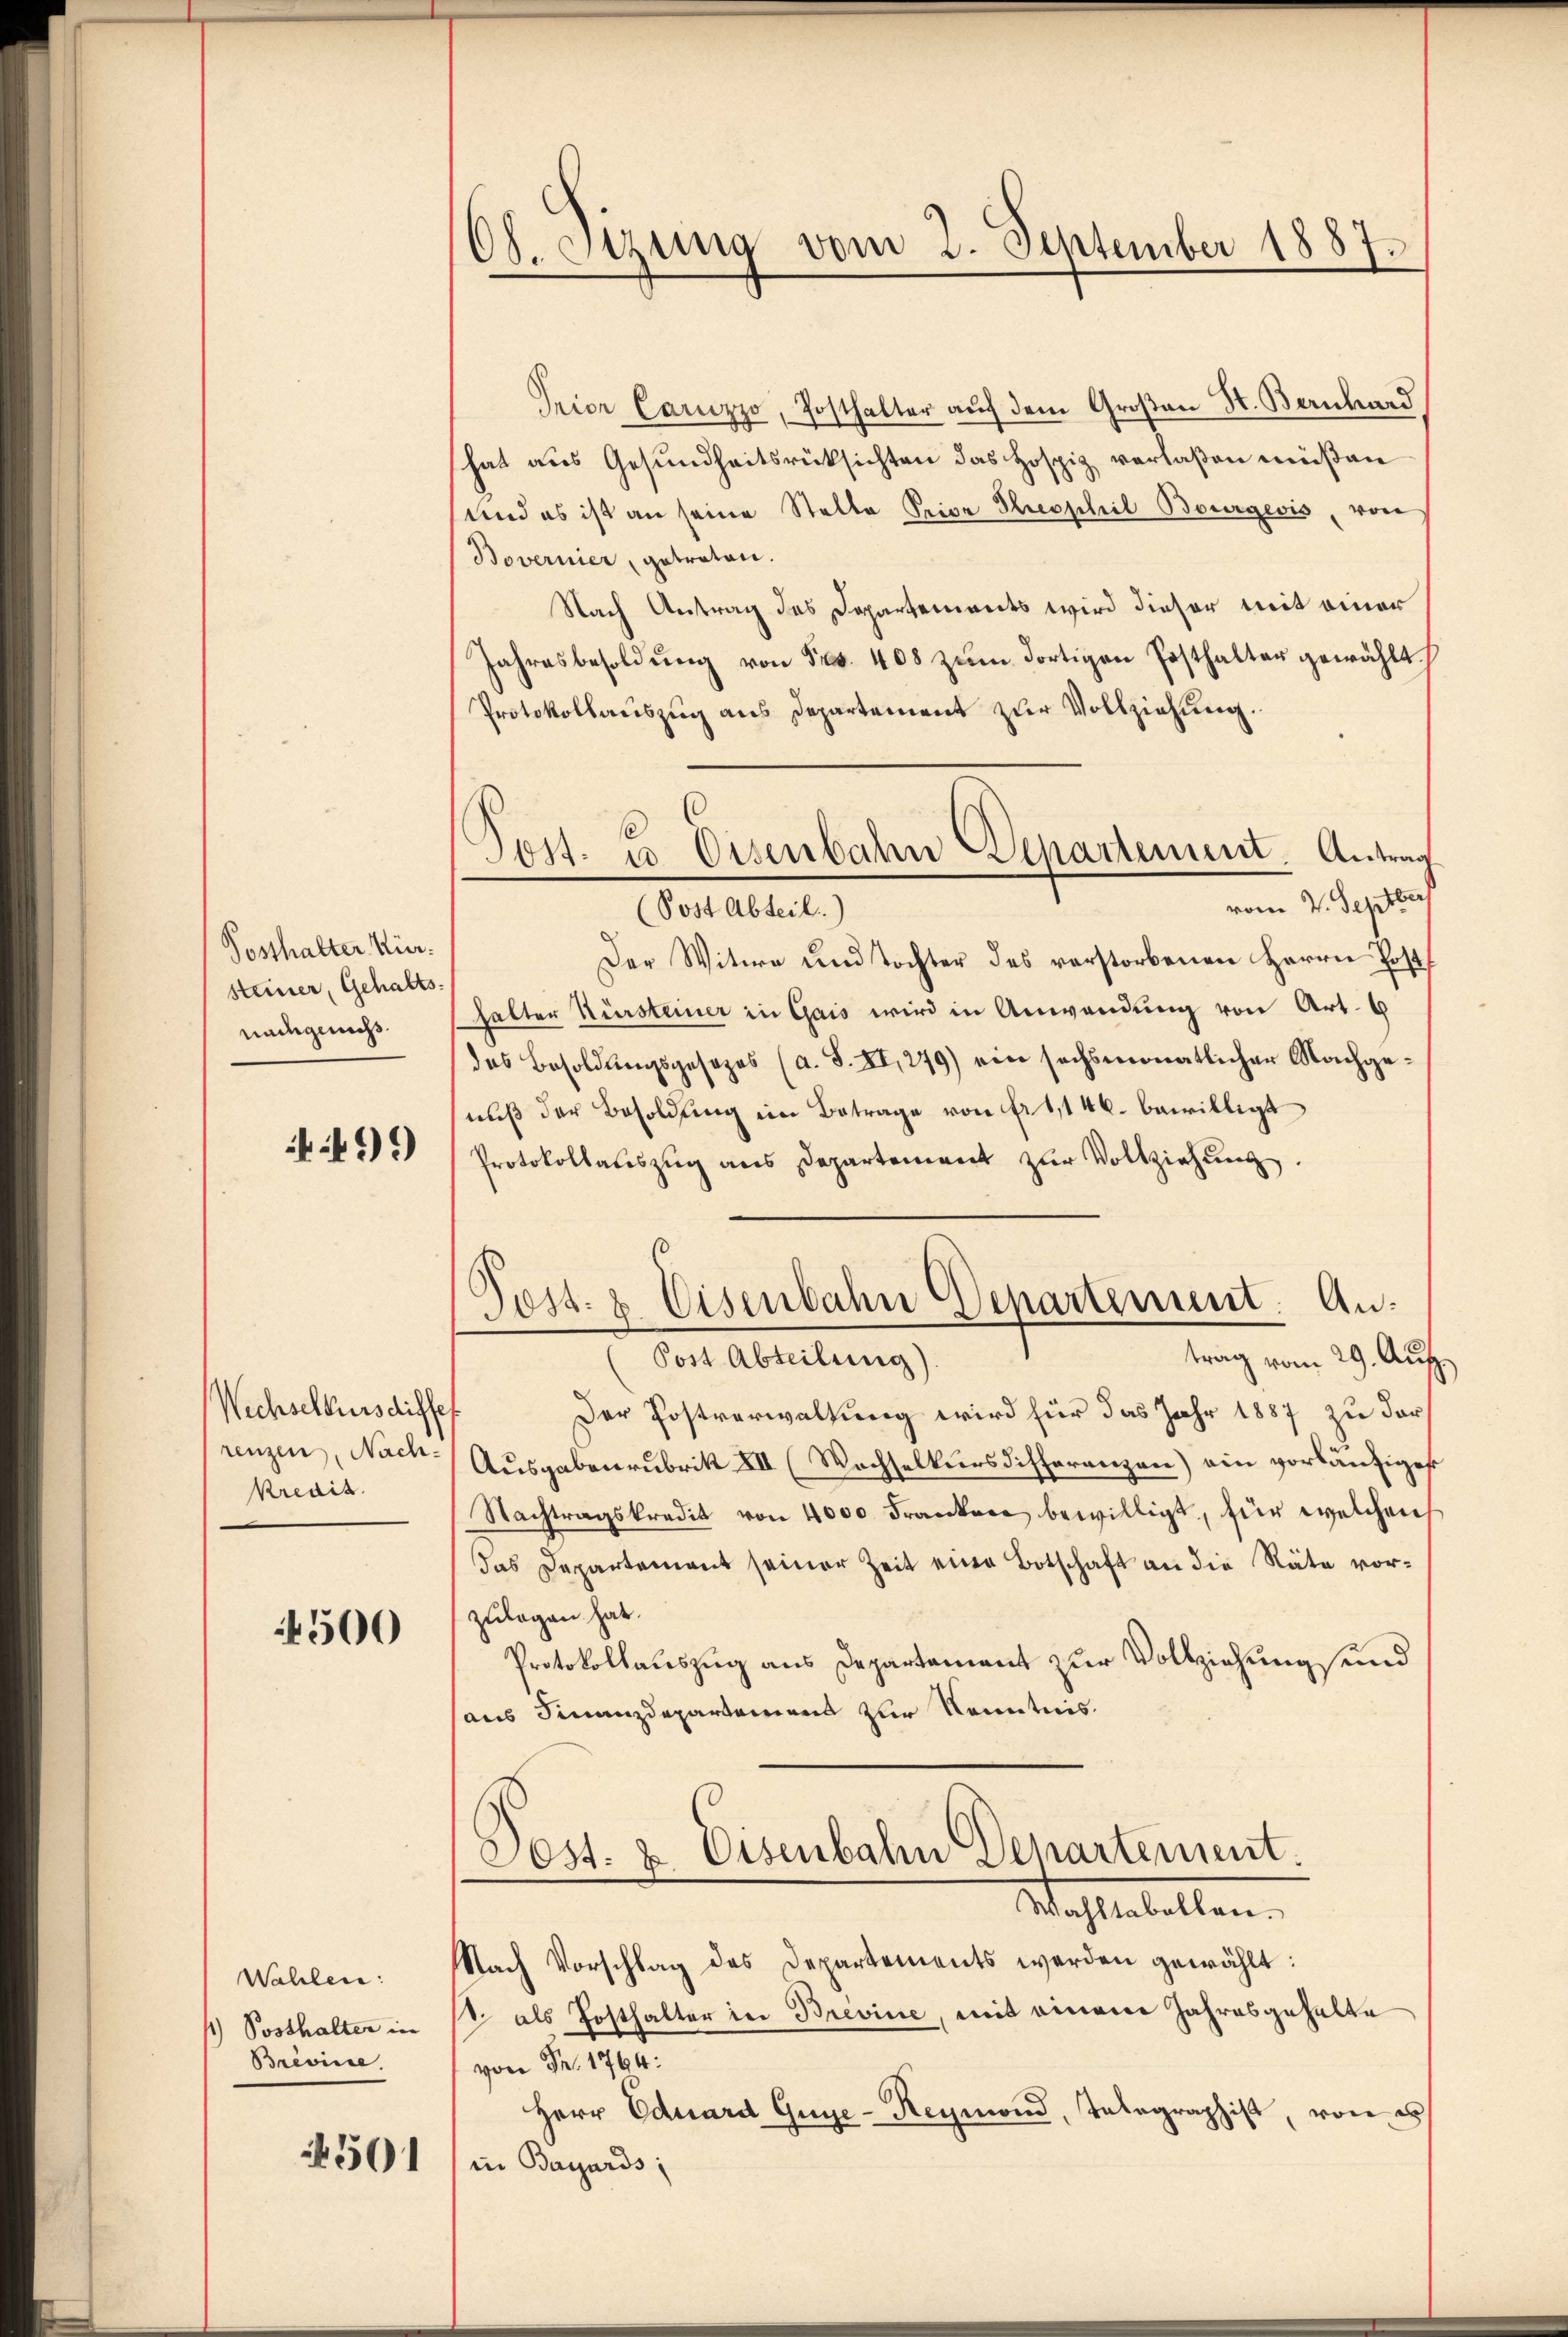
Posthalter Kür
steiner, Gehaltsnachgenuß.

499

Wechselkursdiffes
renzen, Nach¬
Kredit.

4500

Wahlen:
) Posthalter in
Brévince.

4501

Ch. Sitzung vom 2. September 1887.

Prior Camizzo, Posthalter auf dem Großen St. Bernhard
hat aus Gesundheitsrücksichten das Hospiz verlaßen müßen
Und es ist an seine Stelle Prior Theophil Bourgeois von
Bovernier, getraten.
Nach Antrag des Departements wird dieser mit einer
Jahresbesoldŭng von Fr. 408 zŭm dortigen Posthalter gewählt
Protokollauszug aus Departement zur Vollziehung.
vom 4. Septbr
(Post Abteil)
Der Witwe und Tochter des vorstorbenen Herrn Post
halter Kürsteiner in Gais wird in Anwendung von Art. 9
des Besoldŭngsgesezes (a. S. XI,279) ein sechsmonatlicher Nachge-
nuß der Besoldung ein Betrage von fr 1,146. bewilligt
Protokollauszug aus Departement zŭr Vollziehung.
Post- & Eisenbahn Departement. Antrag vom 29. Aug.
Post Abteilung)
Der Postverwaltung wird für das Jahr 1887 zu dar¬
Ausgabenrubrik XII (Wachselkurs differenzen) ein vorläufiges
Nachtragskredit von 4000 Franken bewilligt, für welchen
das Departement seiner Zeit eine Botschaft an die Räte vorzulegen hat.
Protokollauszug aus Departement zur Vollziehung und
aus Finanzdepartamens zur Kenntnis.
Poss. z. Eisenbahn Departement.
Wahltabellen.
Nach Vorschlag des Departements werden gewählt:
1 als Posthalter in Brevine, mit einem Jahresgehalte
von Fr. 1764:
Herr Eduard Guye-Reymond, Telegraphist, von e
in Bayards;

Post. u. Eisenbahn Departement Antrag